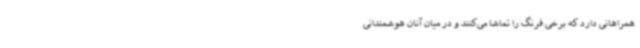
همراهانی دارد که برخی فرنگ را تماشا می‌کنند و در میان آنان هوشمندانی